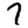
Digit: 7